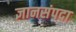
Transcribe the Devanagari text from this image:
ज्ञानसंपदा